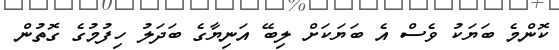
ކޮންމެ ބަޔަކު ވެސް އެ ބަޔަކަށް ލިބޭ އަނިޔާގެ ބަދަލު ހިފުމުގެ ގޮތުން